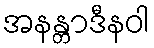
အနန္တာဒီနဝါ